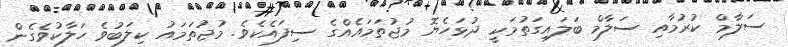
ސަލާމް ކުރުމާއި ސަލާމް ބަލައިގަތުމަކީ ދުޅަހެޔޮ މުޖުތަމައެއްގެ ސިފައެކެވެ. މުޖުތަމައު ކިލަބުވެ ހަލާކުވެގެން